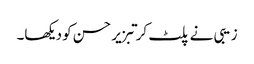
زیبی نے پلٹ کر تبزیر حسن کو دیکھا۔